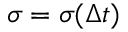
\sigma = \sigma ( \Delta t )